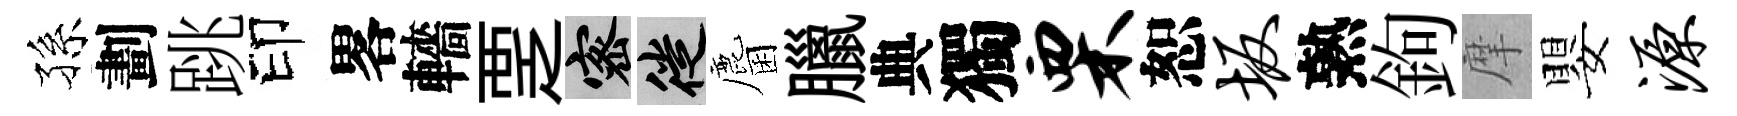
孫劃跳印畧轖覂密徙麕臘典獨栗恕坂熟鉤摩嬰源